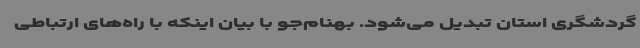
گردشگری استان تبدیل می‌شود. بهنام‌جو با بیان اینکه با راه‌های ارتباطی